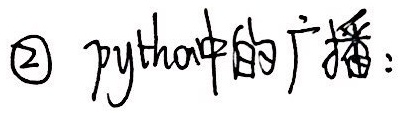
\textcircled{2} python中的广播：